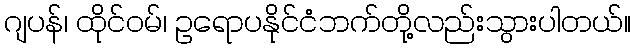
ဂျပန်၊ ထိုင်ဝမ်၊ ဥရောပနိုင်ငံဘက်တို့လည်းသွားပါတယ်။